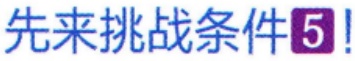
先来挑战条件\(5\)!